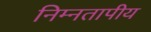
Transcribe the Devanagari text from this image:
निम्नतापीय